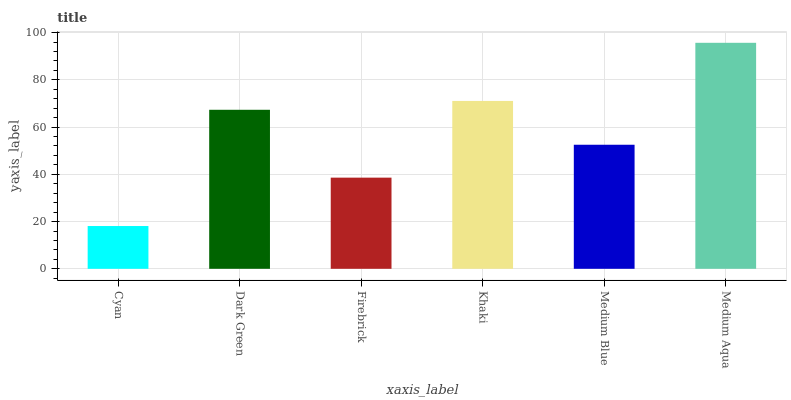
| xaxis_label | bars |
 | --- | --- |
 | Cyan | 18.1 |
 | Dark Green | 67.3 |
 | Firebrick | 38.6 |
 | Khaki | 71.1 |
 | Medium Blue | 52.5 |
 | Medium Aqua | 95.7 |